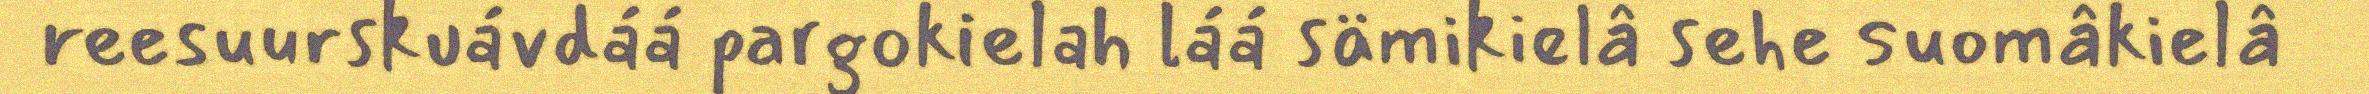
reesuurskuávdáá pargokielah láá sämikielâ sehe suomâkielâ